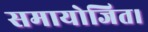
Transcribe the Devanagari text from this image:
समायोजित।